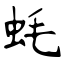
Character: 蚝